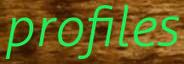
profiles